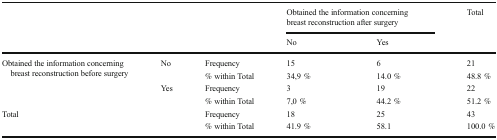
| <ROWSPAN=2-COLSPAN=3>  | <COLSPAN=2> Obtained the information concerning breast reconstruction after surgery | <ROWSPAN=2> Total |
 | No | Yes |
 | --- | --- | --- | --- | --- | --- |
 | <ROWSPAN=4> Obtained the information concerning breast reconstruction before surgery | <ROWSPAN=2> No | Frequency | 15 | 6 | 21 |
 | % within Total | 34,9 % | 14.0 % | 48.8 % |
 | <ROWSPAN=2> Yes | Frequency | 3 | 19 | 22 |
 | % within Total | 7,0 % | 44.2 % | 51.2 % |
 | <ROWSPAN=2-COLSPAN=2> Total | Frequency | 18 | 25 | 43 |
 | % within Total | 41.9 % | 58.1 | 100.0 % |